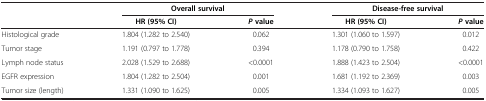
<table><thead><tr><td rowspan="2"><b> </b></td><td colspan="2"><b>Overall survival</b></td><td colspan="2"><b>Disease-free survival</b></td></tr><tr><td><b>HR (95% CI)</b></td><td><b><i>P </i>value</b></td><td><b>HR (95% CI)</b></td><td><b><i>P </i>value</b></td></tr></thead><tbody><tr><td>Histological grade</td><td>1.804 (1.282 to 2.540)</td><td>0.062</td><td>1.301 (1.060 to 1.597)</td><td>0.012</td></tr><tr><td>Tumor stage</td><td>1.191 (0.797 to 1.778)</td><td>0.394</td><td>1.178 (0.790 to 1.758)</td><td>0.422</td></tr><tr><td>Lymph node status</td><td>2.028 (1.529 to 2.688)</td><td>&lt;0.0001</td><td>1.888 (1.423 to 2.504)</td><td>&lt;0.0001</td></tr><tr><td>EGFR expression</td><td>1.804 (1.282 to 2.504)</td><td>0.001</td><td>1.681 (1.192 to 2.369)</td><td>0.003</td></tr><tr><td>Tumor size (length)</td><td>1.331 (1.090 to 1.625)</td><td>0.005</td><td>1.334 (1.093 to 1.627)</td><td>0.005</td></tr></tbody></table>